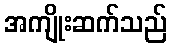
အကျိုးဆက်သည်